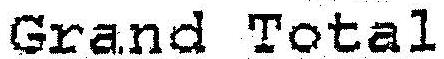
GRAND TOTAL